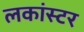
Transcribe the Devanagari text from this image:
लकांस्टर